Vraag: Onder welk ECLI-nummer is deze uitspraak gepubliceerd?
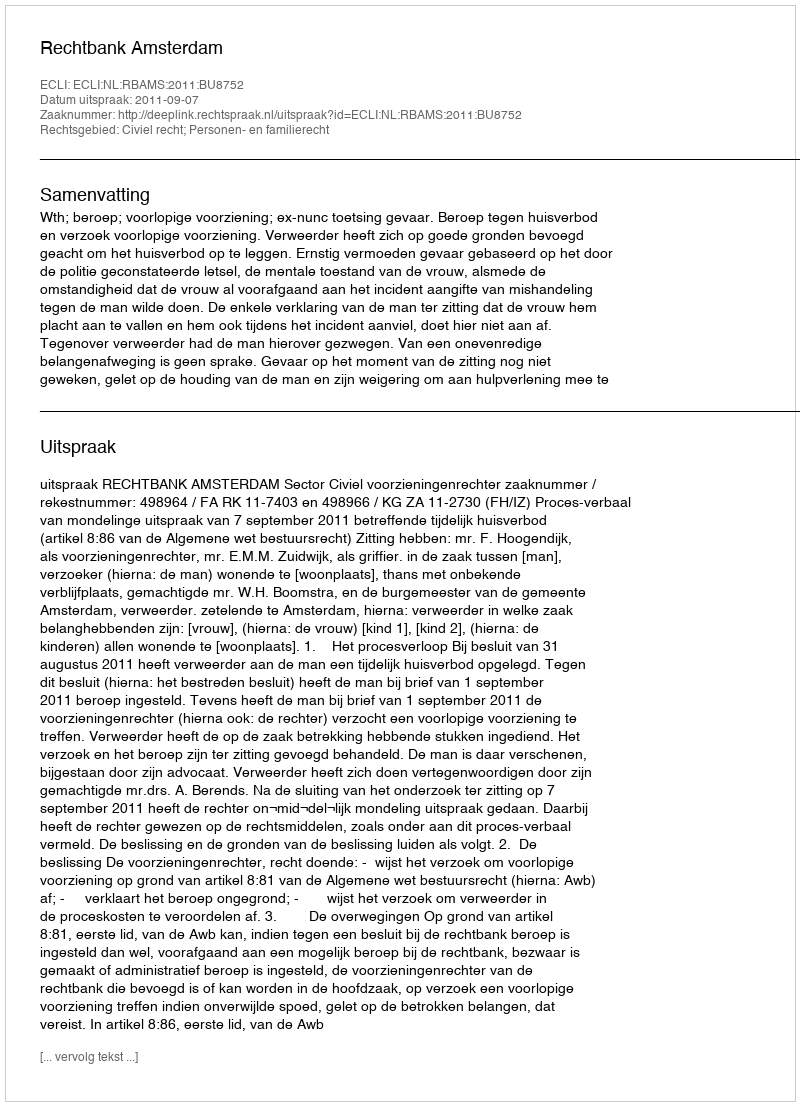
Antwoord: ECLI:NL:RBAMS:2011:BU8752